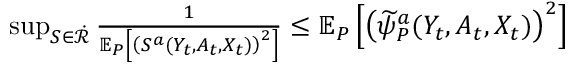
\begin{array} { r } { \operatorname* { s u p } _ { S \in \dot { \mathcal { R } } } \frac { 1 } { \mathbb { E } _ { P } \left[ \left( S ^ { a } ( Y _ { t } , A _ { t } , X _ { t } ) \right) ^ { 2 } \right] } \leq \mathbb { E } _ { P } \left[ \left( \widetilde { \psi } _ { P } ^ { a } ( Y _ { t } , A _ { t } , X _ { t } ) \right) ^ { 2 } \right] } \end{array}